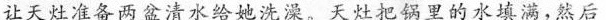
让天灶准备两盆清水给她洗澡。天灶把锅里的水填满，然后